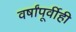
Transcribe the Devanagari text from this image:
वर्षांपूर्वीही